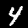
Label: 4